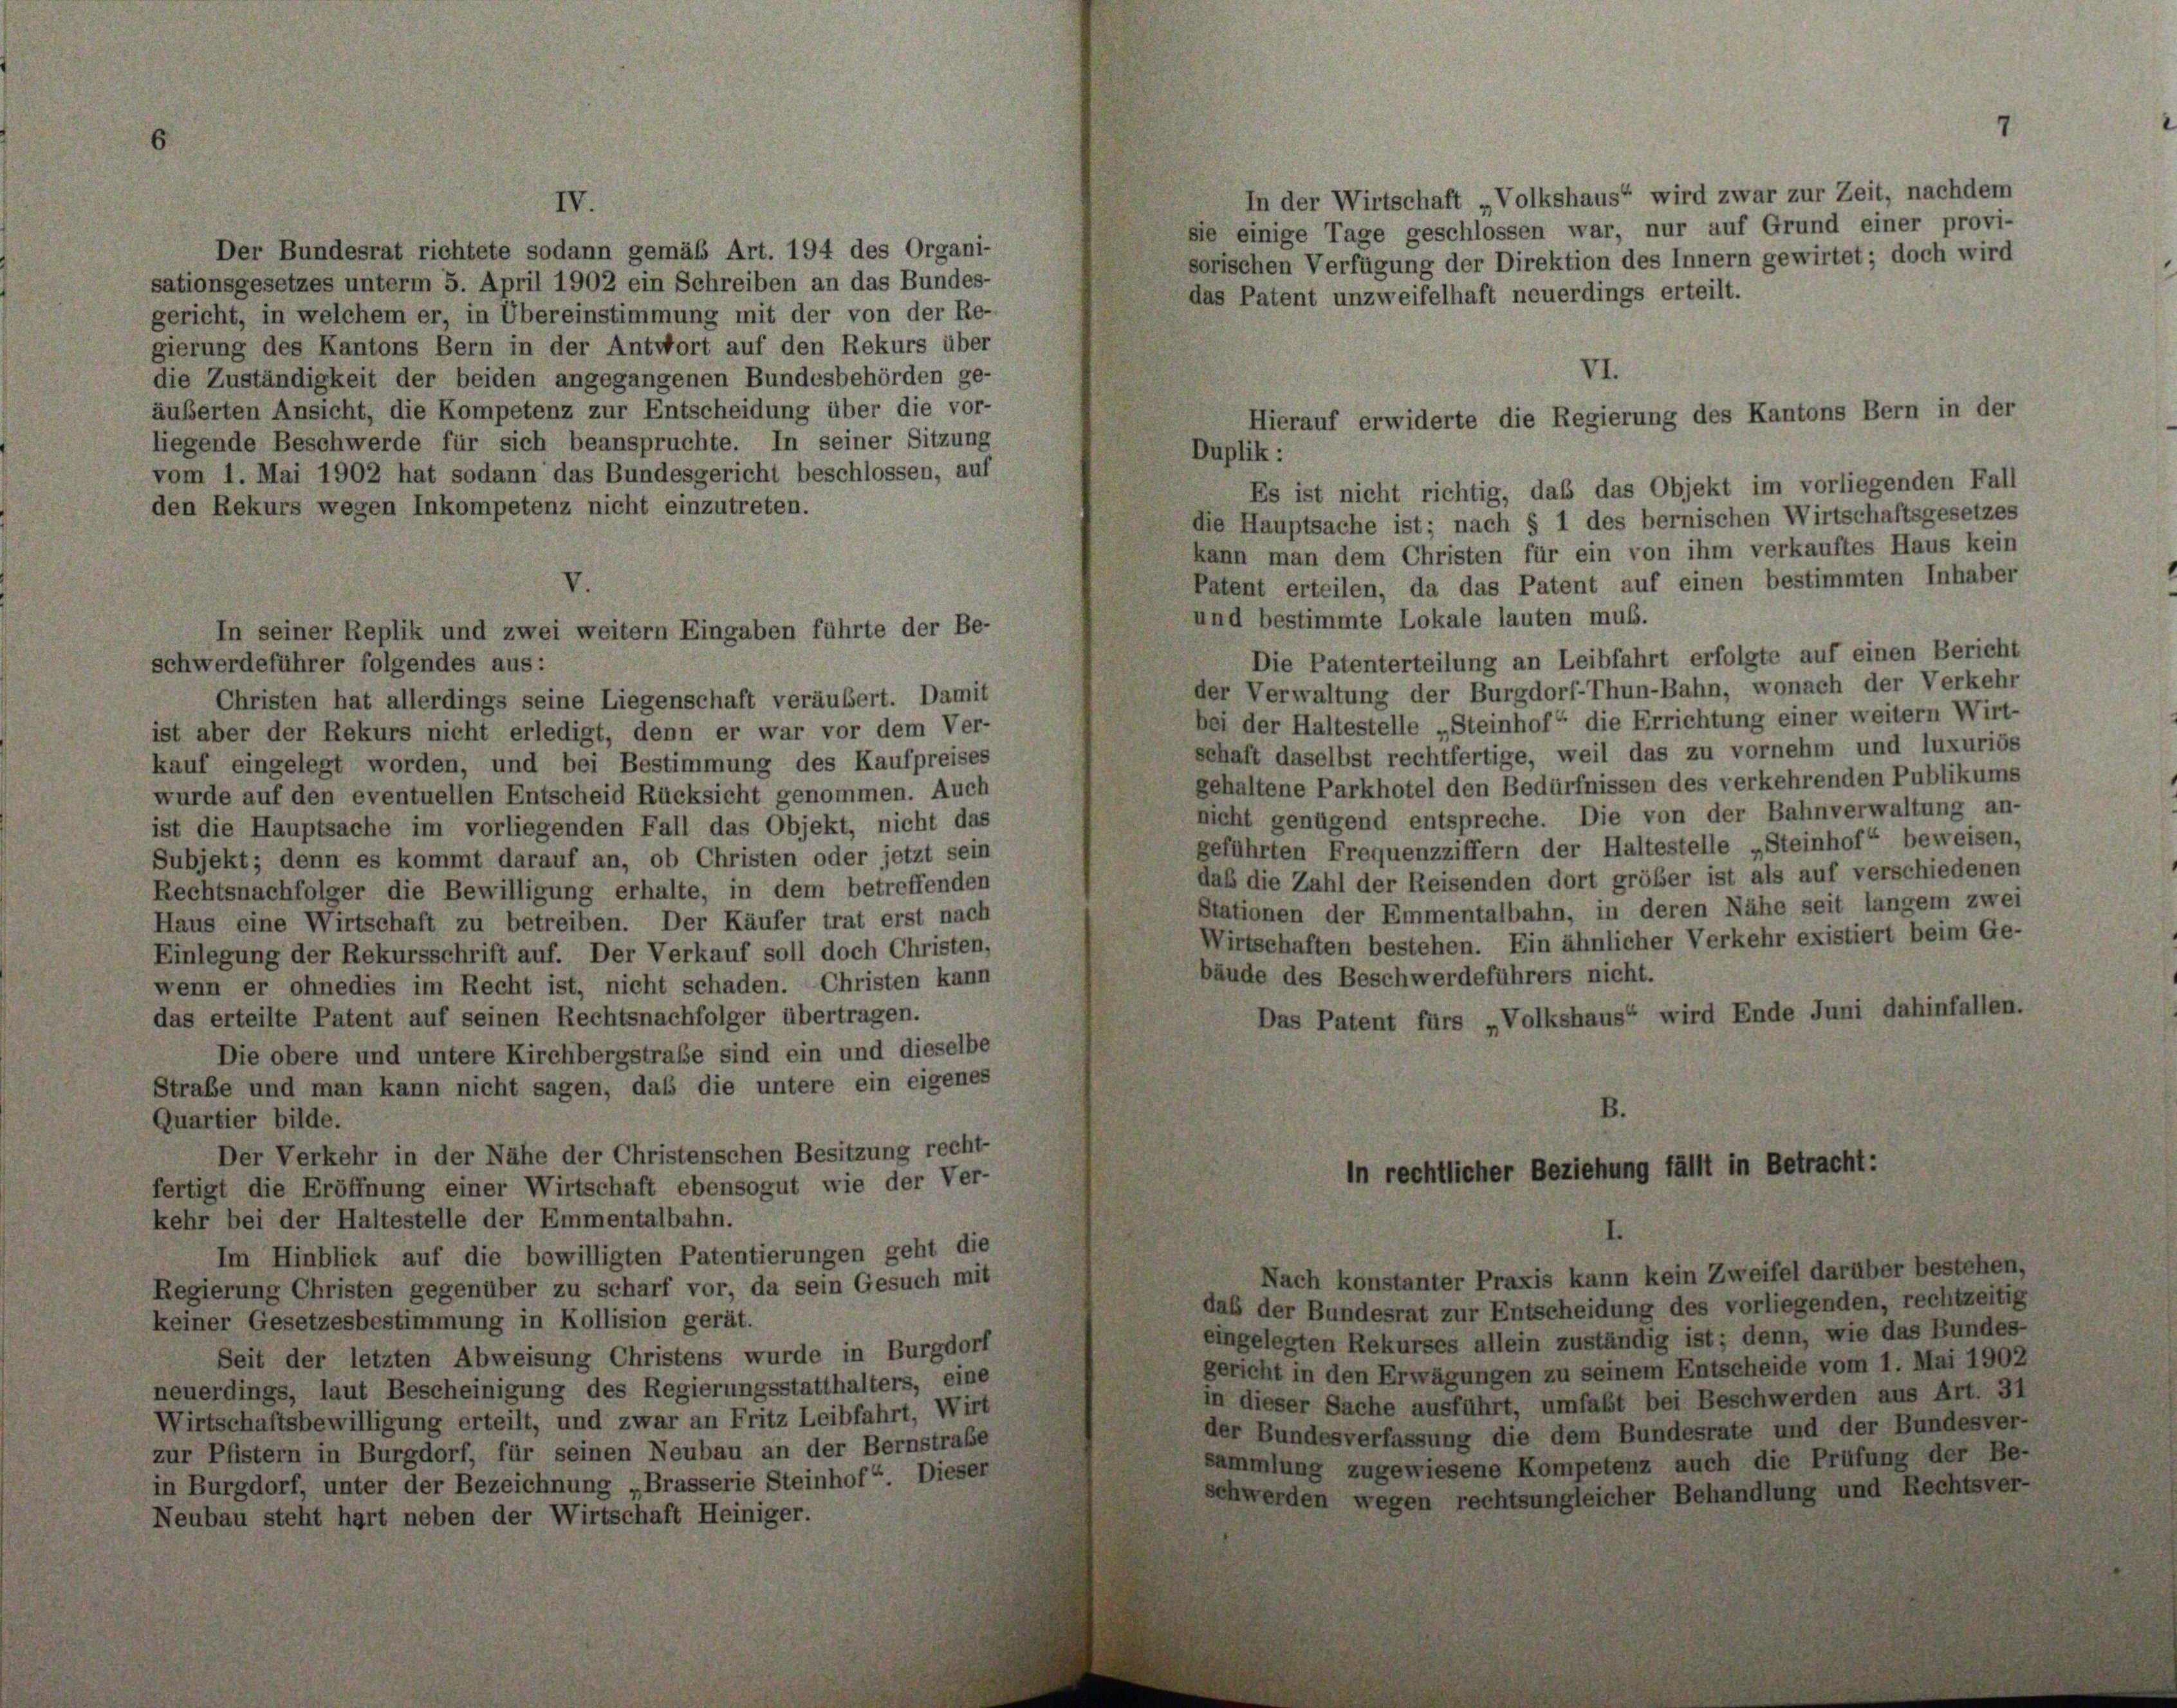
In der Wirtschaft „Volkshaus“ wird zwar zur Zeit, nachdem
IV.
sie einige Tage geschlossen war, nur auf Grund einer provi-
Der Bundesrat richtete sodann gemäß Art. 194 des Organi-
sorischen Verfügung der Direktion des Innern gewirtet; doch wird
sationsgesetzes unterm 5. April 1902 ein Schreiben an das Bundes-
das Patent unzweifelhaft neuerdings erteilt.
gericht, in welchem er, in Übereinstimmung mit der von der Re-
gierung des Kantons Bern in der Antwort auf den Rekurs über
die Zuständigkeit der beiden angegangenen Bundesbehörden ge-
äußerten Ansicht, die Kompetenz zur Entscheidung über die vor-
liegende Beschwerde für sich beanspruchte. In seiner Sitzung
vom 1. Mai 1902 hat sodann das Bundesgericht beschlossen, auf
Es ist nicht richtig, daß das Objekt im vorliegenden Fall
den Rekurs wegen Inkompetenz nicht einzutreten.
die Hauptsache ist; nach § 1 des bernischen Wirtschaftsgesetzes
kann man dem Christen für ein von ihm verkauftes Haus kein
Patent erteilen, da das Patent auf einen bestimmten Inhaber
und bestimmte Lokale lauten muß.
Die Patenterteilung an Leibfahrt erfolgte auf einen Bericht
schwerdeführer folgendes aus:
der Verwaltung der Burgdorf-Thun-Bahn, wonach der Verkehr
Christen hat allerdings seine Liegenschaft veräubert. Damit
bei der Haltestelle „Steinhof“ die Errichtung einer weitern Wirt-
ist aber der Rekurs nicht erledigt, denn er war vor dem Ver-
schaft daselbst rechtfertige, weil das zu vornehm und luxurios
kauf eingelegt worden, und bei Bestimmung des Kaufpreises
gehaltene Parkhotel den Bedürfnissen des verkehrenden Publikums
wurde auf den eventuellen Entscheid Rücksicht genommen. Auch
nicht genügend entspreche. Die von der Bahnverwaltung an-
ist die Hauptsache im vorliegenden Fall das Objekt, nicht das
geführten Frequenzziffern der Haltestelle „Steinhof“ beweisen,
Subjekt; denn es kommt darauf an, ob Christen oder jetzt sein
daß die Zahl der Reisenden dort größer ist als auf verschiedenen
Rechtsnachfolger die Bewilligung erhalte, in dem betreffenden
Stationen der Emmentalbahn, in deren Nähe seit langem zwei
Haus eine Wirtschaft zu betreiben. Der Käufer trat erst nach
Wirtschaften bestehen. Ein ähnlicher Verkehr existiert beim Ge-
Einlegung der Rekursschrift auf. Der Verkauf soll doch Christen,
bäude des Beschwerdeführers nicht.
wenn er ohnedies im Recht ist, nicht schaden. Christen kann
Das Patent fürs „Volkshaus“ wird Ende Juni dahinfallen.
das erteilte Patent auf seinen Rechtsnachfolger übertragen.
Die obere und untere Kirchbergstraße sind ein und dieselbe
Straße und man kann nicht sagen, daß die untere ein eigenes
B.
Quartier bilde.
Der Verkehr in der Nähe der Christenschen Besitzung recht-
in rechtlicher Beziehung fällt in Betracht:
fertigt die Eröffnung einer Wirtschaft ebensogut wie der Ver-
kehr bei der Haltestelle der Emmentalbahn.
Im Hinblick auf die bewilligten Patentierungen geht die
Nach konstanter Praxis kann kein Zweifel darüber bestehen,
Regierung Christen gegenüber zu scharf vor, da sein Gesuch mit
daß der Bundesrat zur Entscheidung des vorliegenden, rechtzeitig
keiner Gesetzesbestimmung in Kollision gerät.
eingelegten Rekurses allein zuständig ist; denn, wie das Bundes-
Seit der letzten Abweisung Christens wurde in Burgdorf
gericht in den Erwägungen zu seinem Entscheide vom 1. Mai 1902
neuerdings, laut Bescheinigung des Regierungsstatthalters, eine
in dieser Sache ausführt, umfaßt bei Beschwerden aus Art. 31
Wirtschaftsbewilligung erteilt, und zwar an Fritz Leibfahrt, Wirt
der Bundesverfassung die dem Bundesrate und der Bundesver-
zur Pfistern in Burgdorf, für seinen Neubau an der Bernstraße
sammlung zugewiesene Kompetenz auch die Prüfung der Be-
in Burgdorf, unter der Bezeichnung „Brasserie Steinhof“ Dieser
schwerden wegen rechtsungleicher Behandlung und Rechtsver-
Neubau steht hart neben der Wirtschaft Heiniger.

In seiner Replik und zwei weitern Eingaben führte der Be-

VI.
Hierauf erwiderte die Regierung des Kantons Bern in der
Duplik :

7